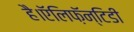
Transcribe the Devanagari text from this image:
है।ऍलिफ़ॅन्टिडी